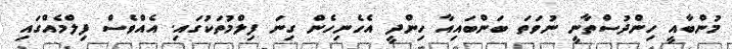
މުންބާއީ ހިންދުސްތާނީ ނުވަތަ ބަންބައިއާ ހިންދީ އެހެނިހެން ގިނަ ފިލްމުތަކުގައި. އެއްވެސް ފިލްމެއްގައި